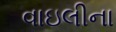
વાઇલીના